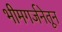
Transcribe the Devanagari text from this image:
भीमगर्जनेतून